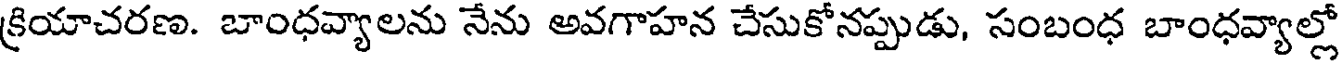
క్రియాచరణ. బాంధవ్యాలను నేను అవగాహన చేసుకోనప్పుడు, సంబంధ బాంధవ్యాల్లో